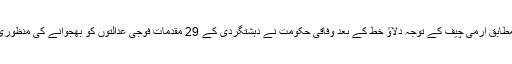
ذرائع کے مطابق آرمی چیف کے توجہ دلاؤ خط کے بعد وفاقی حکومت نے دہشتگردی کے 29 مقدمات فوجی عدالتوں کو بھجوانے کی منظوری دیدی ہے۔